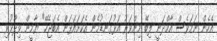
އެހެން ނަމަވެސް އާމްދަނީ ލިބޭ މިންވަރު އަޅުގަނޑުމެން އެކަށައަޅަން އެބަޖެހޭ" ޔާމީން ވިދާޅުވި